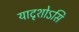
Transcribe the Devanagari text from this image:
यादृशोऽसि